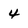
Character: 4